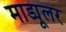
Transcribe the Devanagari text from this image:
माड्यूलर